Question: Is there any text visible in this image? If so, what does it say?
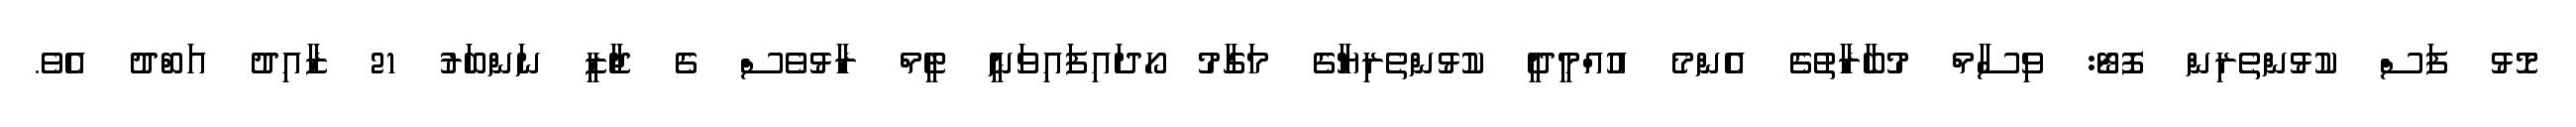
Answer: މޮޅު ފަސް ކުޅުންތެރިން ފޮޓޯ: ވިސާމް މުބާރާތުގެ އެންމެ އުއްމީދީ ކުޅުންތެރިޔާގެ މަގާމު ހޯދައިފައިވަނީ ޓީމް ރާޅުވެސް ގެ ޖާޒީ ނަންބަރު 21 ޒާއިދު އަބްދު އެވެ.